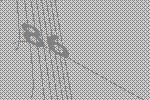
86